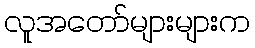
လူအတော်များများက